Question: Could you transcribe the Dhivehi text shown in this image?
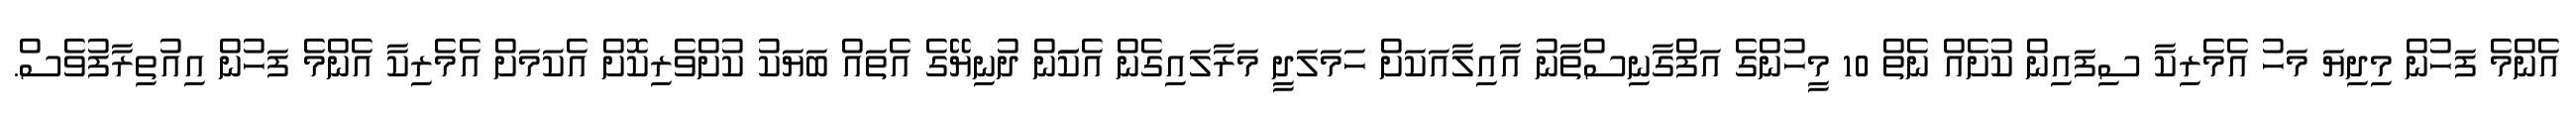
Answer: އެންމެ ފަހުން މިދިޔަ މަހު އެމެރިކާ ސިފައިން ކުށެއް ނެތް 10 މީހުންގެ އަފްގާނިސްތާނު އާއިލާއަކަށް ހަމަލަދީ މަރާލައިގެން އެކަަން ދުނިޔޭގެ އެތައް ބަޔަކު ކުށްވެރިކޮށް އެކަމަށް އެމެރިކާ އެންމެ ފަހުން އިއުތިރާފުވެސް.